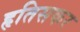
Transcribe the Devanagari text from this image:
हृतिसकर